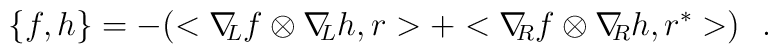
\{ f,h\} =-(<\nabla \! \! _{L}f\otimes\nabla \! \! _{L}h,r>+<\nabla \! \! _{R}f\otimes \nabla \! \! _{R}h,r^{*}>)\ \  .